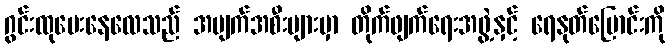
ဂွင်းထုပေးနေလေသည် အပျက်အစီးများမှာ တိုက်ဖျက်ရေးအဖွဲ့နှင့် ရေနုတ်မြောင်းကို